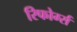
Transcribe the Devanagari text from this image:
रिफोर्म्स